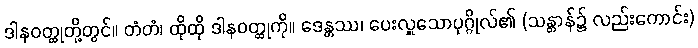
ဒါနဝတ္ထုတို့တွင်။ တံတံ၊ ထိုထို ဒါနဝတ္ထုကို။ ဒေန္တဿ၊ ပေးလှူသောပုဂ္ဂိုလ်၏ (သန္တာန်၌ လည်းကောင်း)